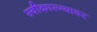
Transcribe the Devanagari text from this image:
स्वीकारण्यावर